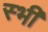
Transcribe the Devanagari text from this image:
स्भी